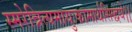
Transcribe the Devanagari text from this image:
स्मरेन्नित्यमायुःकामार्थसिद्धये।।